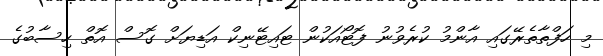
މި ހަފްތާތެރޭގައި އާންމު ކުރެވުނު ފޮޓޯއަކުން ޓައިޓޭނިކް އަޑިޔަށް ގޮސް އޮތް ހިސާބުގެ